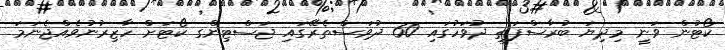
ކޯޓުން ވަނީ މިދިޔަ ބުރާސްފަތި ދުވަހުގައި 60 ދުވަސްތެރޭގައި ޖަސްޓިންގ ކޯޓަށް ހާޒިރުނުވެއްޖެނަމަ